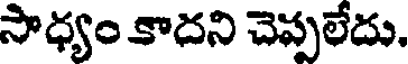
సాధ్యం కాదని చెప్పలేదు.